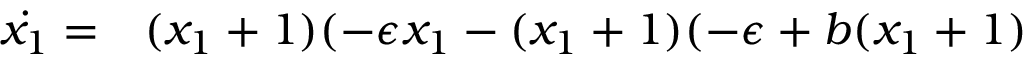
\begin{array} { r l } { \dot { x _ { 1 } } = } & { { } ( x _ { 1 } + 1 ) ( - \epsilon x _ { 1 } - ( x _ { 1 } + 1 ) ( - \epsilon + b ( x _ { 1 } + 1 ) } \end{array}